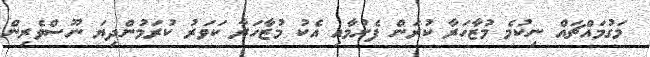
މަގުމައްޗައް ނިކުމެ މުޒާހަރާ ކުރަން ފެށުމާއި އެކު މުޒާހަރާ ކަވަރު ކުރަމުންދިޔަ ނޫސްވެރިން